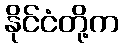
နိုင်ငံတို့က